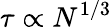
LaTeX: \tau\propto N^{1/3}